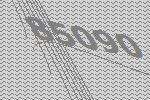
85090